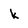
Character: k